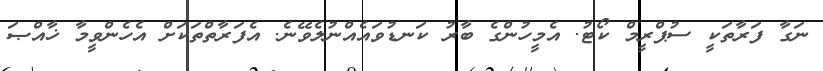
ނަގާ ފަރާތަކީ ސުޕްރީމް ކޯޓު. އެމީހުންގެ ބާރު ކަނޑުވައެއްނުލެވޭނެ. އެފަރާތްތަކަށް އެހެންވީމާ ޚާއްޞަ